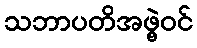
သဘာပတိအဖွဲ့ဝင်